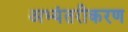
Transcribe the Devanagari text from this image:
अभ्यंतरीकरण